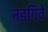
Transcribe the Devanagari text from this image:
नडगिवे